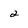
Character: 2